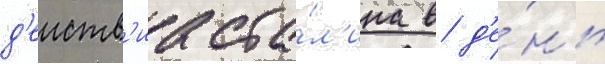
д'еиств'иа ста́л'ина в д'е́нь